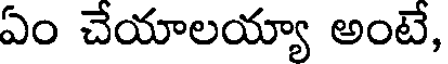
ఏం చేయాలయ్యా అంటే,